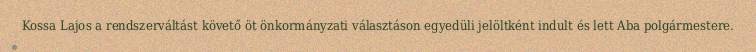
Kossa Lajos a rendszerváltást követő öt önkormányzati választáson egyedüli jelöltként indult és lett Aba polgármestere.